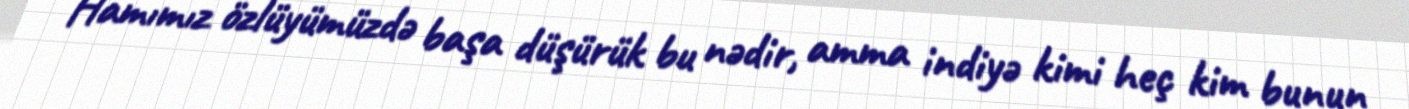
Hamımız özlüyümüzdə başa düşürük bu nədir, amma indiyə kimi heç kim bunun